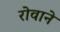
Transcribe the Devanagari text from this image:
रोवाने